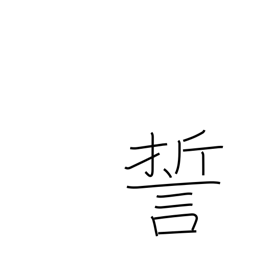
Meaning: swear